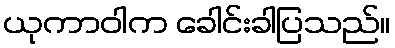
ယုကာဝါက ခေါင်းခါပြသည်။